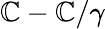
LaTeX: \mathbb{C}-\mathbb{C}/\gamma